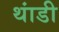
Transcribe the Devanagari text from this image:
थांडी